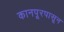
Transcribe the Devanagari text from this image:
कानपूरपासून